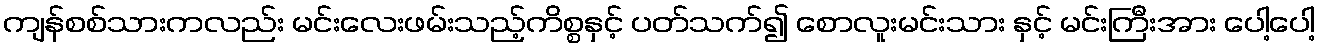
ကျန်စစ်သားကလည်း မင်းလေးဖမ်းသည့်ကိစ္စနှင့် ပတ်သက်၍ စောလူးမင်းသား နှင့် မင်းကြီးအား ပေါ့ပေါ့